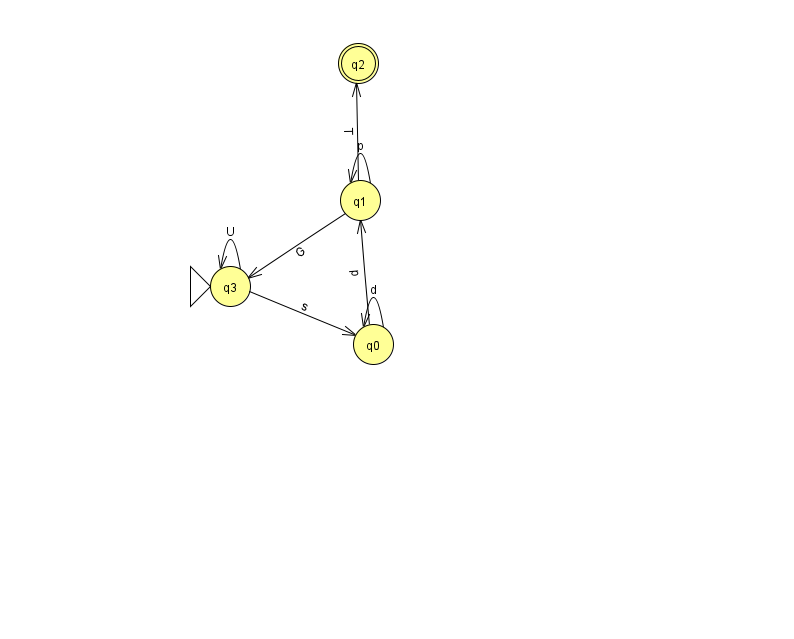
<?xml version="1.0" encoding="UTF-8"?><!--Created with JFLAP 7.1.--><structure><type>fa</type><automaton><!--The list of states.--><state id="0" name="q0"><x>373.0</x><y>331.0</y></state><state id="1" name="q1"><x>360.0</x><y>187.0</y></state><state id="2" name="q2"><x>358.0</x><y>50.0</y><final/></state><state id="3" name="q3"><x>230.0</x><y>273.0</y><initial/></state><!--The list of transitions.--><transition><from>1</from><to>1</to><read>p</read></transition><transition><from>1</from><to>2</to><read>T</read></transition><transition><from>0</from><to>0</to><read>d</read></transition><transition><from>3</from><to>3</to><read>U</read></transition><transition><from>1</from><to>3</to><read>G</read></transition><transition><from>0</from><to>1</to><read>p</read></transition><transition><from>3</from><to>0</to><read>s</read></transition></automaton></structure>